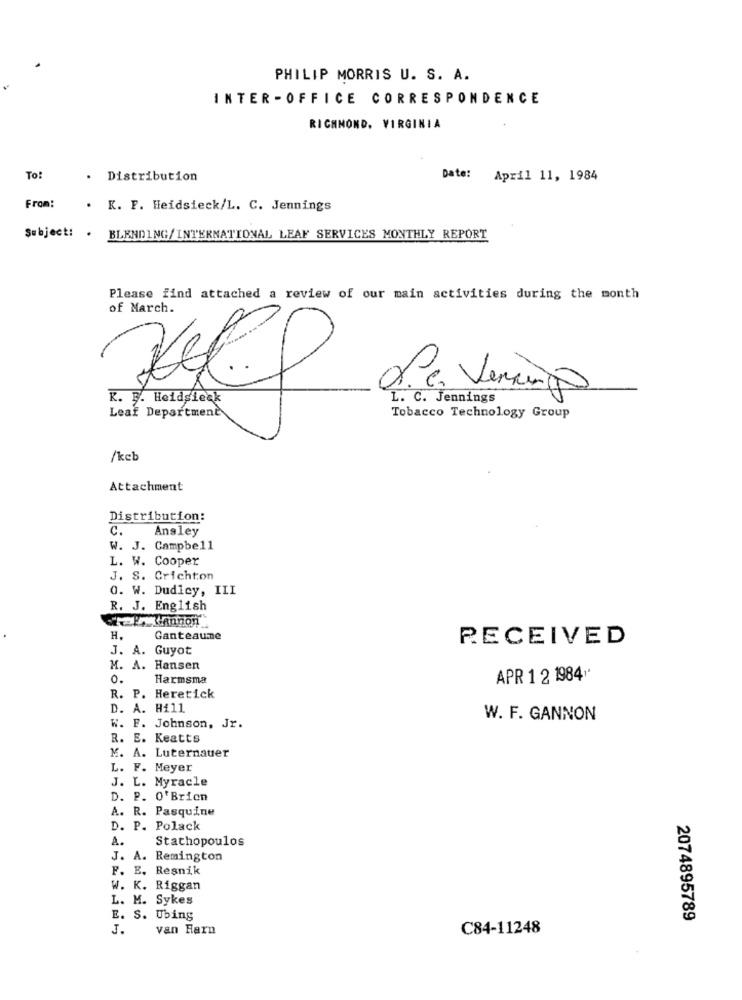
PHILIP MORRIS U. S. A.
INTER-OFFICE CORRESPONDENCE
RICHMOND, VIRGINIA
To!
. Distribution
Date: April 11, 1984
From:
. K. F. Heidsieck/L. C. Jennings
Subject: . BLENDING/INTERNATIONAL LEAF SERVICES MONTHLY REPORT
Please find attached a review of our main activities during the month
of March.
(A
K. B. Heidsieck
L. C. Jennings
Leaf Department
Tobacco Technology Group
/kcb
Attachment
Distribution:
C. Ansley
W. J. Campbell
L. W. Cooper
J. S. Crichton
0. W. Dudley, III
R. J. English
H.
Ganteaume
RECEIVED
J. A. Guyot
M. A. Hansen
0.
Harmsma
APR 1 2 1984"
R. P.
Heretick
D. A. Hill
W. F. GANNON
W. F. Johnson, Jr.
R. E. Keatts
M. A. Luternauer
L. F. Meyer
J. L. Myracle
D. P. O' Brien
A. R. Pasquine
D. P. Polack
A.
Stachopoulos
J. A. Remington
F. E. Resnik
W. K. Riggan
L. M. Sykes
E. S. Ubing
2074895789
J.
van Farn
C84-11248